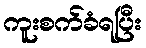
ကူးစက်ခံရပြီး